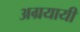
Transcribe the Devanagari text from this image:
अग्रयायी